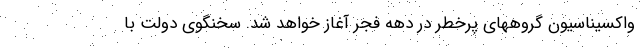
واکسیناسیون گروههای پرخطر در دهه فجر آغاز خواهد شد. سخنگوی دولت با